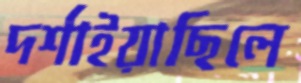
দর্শাইয়াছিলে